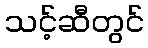
သင့်ဆီတွင်